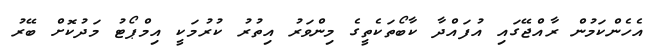
އެހެންކަމުން ރާއްޖޭގައި އުފައްދާ ކާބޯތަކެތީގެ މިންވަރު އިތުރު ކުރުމަކީ އިމްޕޯޓު މަދުކޮށް ބޭރު